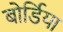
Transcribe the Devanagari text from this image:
बोर्डिया